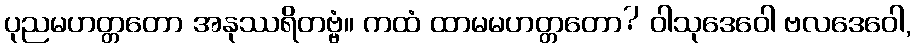
ပုညမဟတ္တတော အနုဿရိတဗ္ဗံ။ ကထံ ထာမမဟတ္တတော? ဝါသုဒေဝေါ ဗလဒေဝေါ,